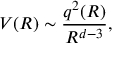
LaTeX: V ( R ) \sim \frac { q ^ { 2 } ( R ) } { R ^ { d - 3 } } ,